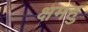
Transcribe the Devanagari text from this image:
क्षमहु